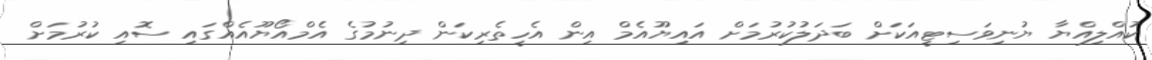
ކުއްލިއްޔާ ޔުނިވަސިޓީއަކަށް ބަދަލުކުރުމަށް އައިޔޫއެމް އިން އެހީތެރިކަން ދިނުމުގެ އެމްއޯޔޫއެއްގައި ސޮއި ކުރުމަށް